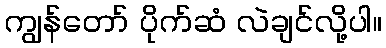
ကျွန်တော် ပိုက်ဆံ လဲချင်လို့ပါ။